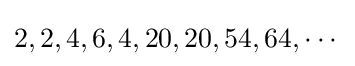
2,2,4,6,4,20,20,54,64,\cdots